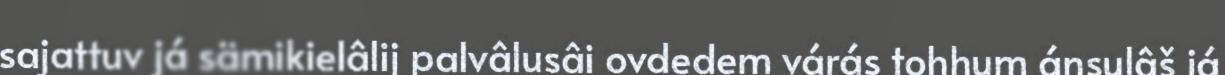
sajattuv já sämikielâlij palvâlusâi ovdedem várás tohhum ánsulâš já